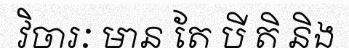
វិចារៈ មាន តែ បី តិ និង